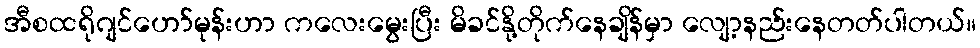
အီစထရိုဂျင်ဟော်မုန်းဟာ ကလေးမွေးပြီး မိခင်နို့တိုက်နေချိန်မှာ လျော့နည်းနေတတ်ပါတယ်။